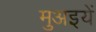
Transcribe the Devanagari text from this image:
मुअइयें